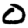
Digit: 0